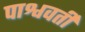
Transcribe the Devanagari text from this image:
पाश्ववर्ती